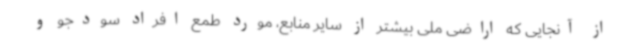
از آنجایی که اراضی ملی بیشتر از سایر منابع، مورد طمع افراد سودجو و